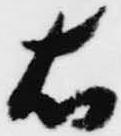
右